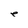
Character: e